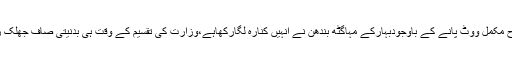
جس طرح مکمل ووٹ پانے کے باوجودبہارکے مہاگٹھ بندھن نے انہیں کنارہ لگارکھاہے،وزارت کی تقسیم کے وقت ہی بدنیتی صاف جھلک رہی تھی۔